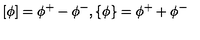
\left[ \phi \right] = \phi ^ { + } - \phi ^ { - } , \left\{ \phi \right\} = \phi ^ { + } + \phi ^ { - }